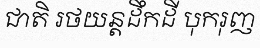
ជាតិ រថយន្តដឹកដី បុករុញ